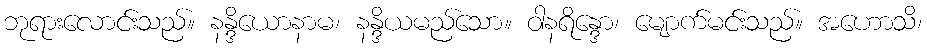
ဘုရားလောင်းသည်။ နန္ဒိယောနာမ၊ နန္ဒိယမည်သော။ ဝါနရိန္ဒော၊ မျောက်မင်းသည်။ အဟောသိ၊